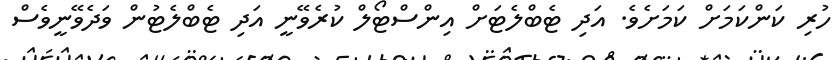
ހުރި ކަންކަމަށް ކަމަށެވެ. އަދި ޓެބްލެޓަށް އިންސްޓޯލް ކުރެވޭނީ އަދި ޓެބްލެޓުން ވަދެވޭނީވެސް